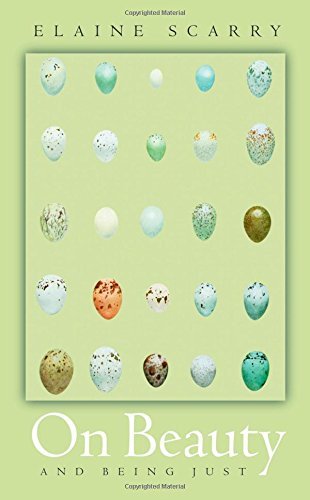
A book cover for On Beauty and Being Just; Elaine Scarry; Politics & Social Sciences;